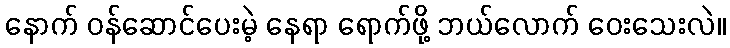
နောက် ဝန်ဆောင်ပေးမဲ့ နေရာ ရောက်ဖို့ ဘယ်လောက် ဝေးသေးလဲ။